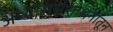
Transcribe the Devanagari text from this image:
अभ्याससंशोधनातून